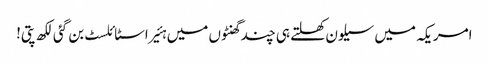
امریکہ میں سیلون کھلتے ہی چند گھنٹوں میں ہئیر اسٹائلسٹ بن گئی لکھ پتی!